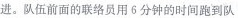
进。队伍前面的联络员用6分钟的时间跑到队